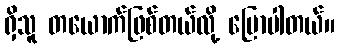
ရှိသူ တယောက်ဖြစ်တယ်လို့ ပြောပါတယ်။